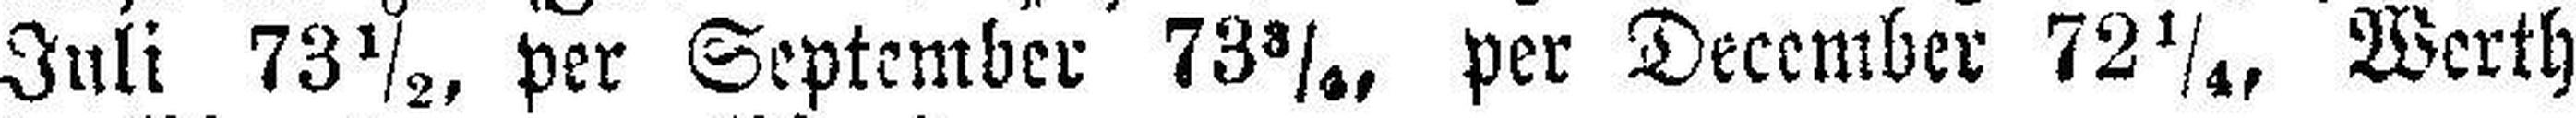
Juli 73½, per September 73¾, per December 72¼, Werth